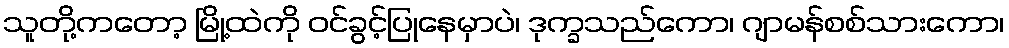
သူတို့ကတော့ မြို့ထဲကို ဝင်ခွင့်ပြုနေမှာပဲ၊ ဒုက္ခသည်ကော၊ ဂျာမန်စစ်သားကော၊